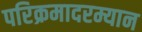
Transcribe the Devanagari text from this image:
परिक्रमादरम्यान